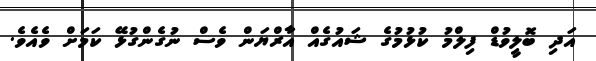
އަދި ބޮލީވުޑް ފިލްމު ކުޅުމުގެ ޝައުގެއް އާރްޔަން ވެސް ނުގެންގުޅޭ ކަމަށް ވެއެވެ.